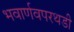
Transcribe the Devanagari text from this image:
भवार्णवपरथडी